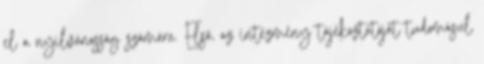
el a nyilvánosság számára. Első, az intézmény tájékoztatóját tudomásul